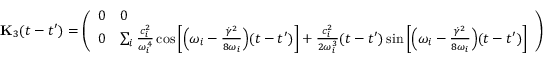
\mathbf { { K } } _ { 3 } ( t - t ^ { \prime } ) = \left( \begin{array} { l l } { 0 } & { 0 } \\ { 0 } & { \sum _ { i } \frac { c _ { i } ^ { 2 } } { \omega _ { i } ^ { 4 } } \cos \left[ \Bigl ( \omega _ { i } - \frac { \dot { \gamma } ^ { 2 } } { 8 \omega _ { i } } \Bigr ) ( t - t ^ { \prime } ) \right] + \frac { c _ { i } ^ { 2 } } { 2 \omega _ { i } ^ { 3 } } ( t - t ^ { \prime } ) \sin \left[ \Bigl ( \omega _ { i } - \frac { \dot { \gamma } ^ { 2 } } { 8 \omega _ { i } } \Bigr ) ( t - t ^ { \prime } ) \right] } \end{array} \right)